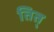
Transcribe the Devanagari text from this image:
तित्